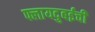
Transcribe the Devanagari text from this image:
फ्लायदुबईची